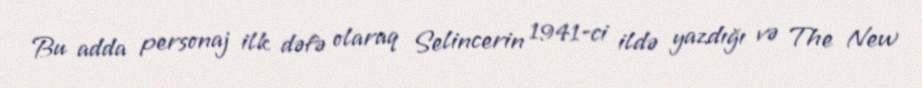
Bu adda personaj ilk dəfə olaraq Selincerin 1941-ci ildə yazdığı və The New